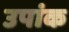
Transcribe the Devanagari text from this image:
उपांक